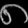
Digit: ၈